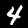
Label: 4